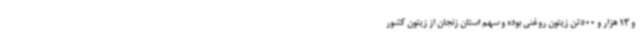
و 13 هزار و 500تن زیتون روغنی بوده و سهم استان زنجان از زیتون کشور